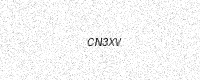
Text: CN3XV